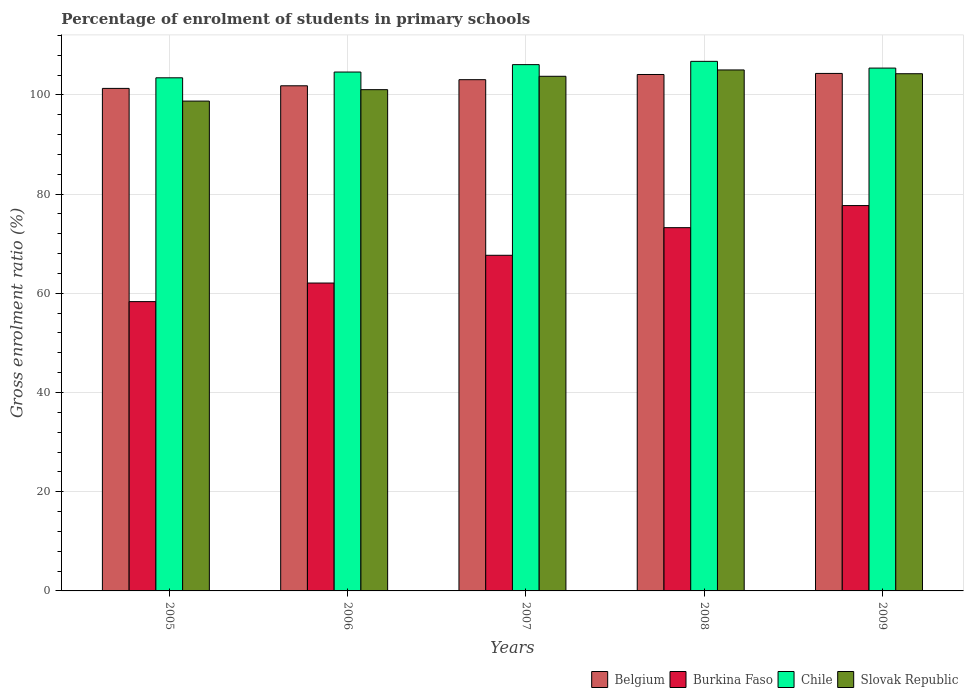
| Years | Belgium | Burkina Faso | Chile | Slovak Republic |
 | --- | --- | --- | --- | --- |
 | 2005 | 101 | 58.3 | 103 | 98.7 |
 | 2006 | 102 | 62.1 | 105 | 101 |
 | 2007 | 103 | 67.7 | 106 | 104 |
 | 2008 | 104 | 73.2 | 107 | 105 |
 | 2009 | 104 | 77.7 | 105 | 104 |